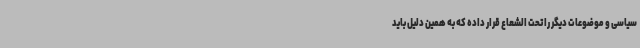
سیاسی و موضوعات دیگر را تحت الشعاع قرار داده که به همین دلیل باید